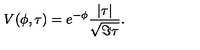
V ( \phi , \tau ) = e ^ { - \phi } { \frac { | \tau | } { \sqrt { \Im \tau } } } .